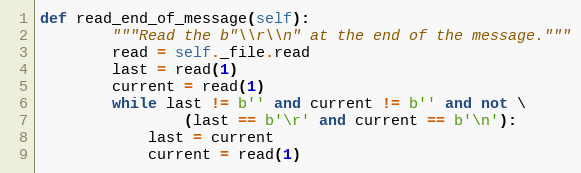
Language: Python
def read_end_of_message(self):
        """Read the b"\\r\\n" at the end of the message."""
        read = self._file.read
        last = read(1)
        current = read(1)
        while last != b'' and current != b'' and not \
                (last == b'\r' and current == b'\n'):
            last = current
            current = read(1)